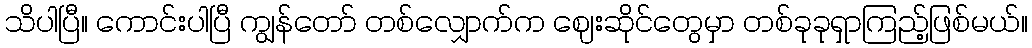
သိပါပြီ။ ကောင်းပါပြီ ကျွန်တော် တစ်လျှောက်က ဈေးဆိုင်တွေမှာ တစ်ခုခုရှာကြည့်ဖြစ်မယ်။